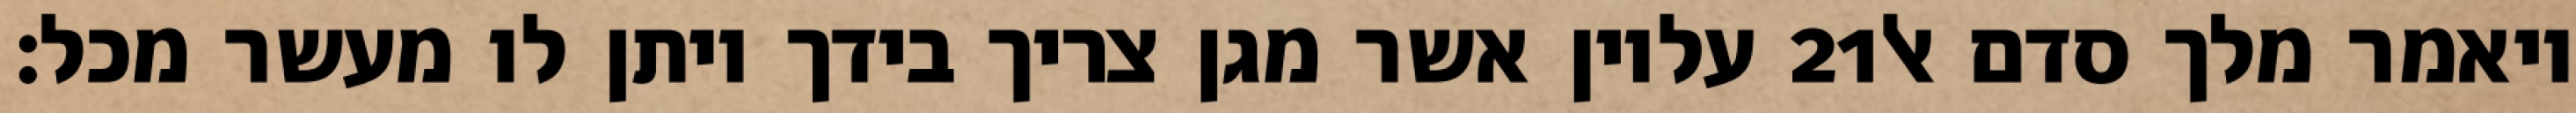
עליון אשר מגן צריך בידך ויתן לו מעשר מכל׃ ‎21‏ ויאמר מלך סדם אל